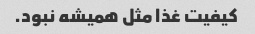
کیفیت غذا مثل همیشه نبود.